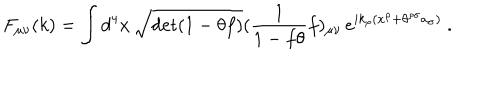
LaTeX: F _ { \mu \nu } ( k ) = \int d ^ { 4 } x \, \sqrt { \det ( 1 - \theta f ) } ( \frac { 1 } { 1 - f \theta } f ) _ { \mu \nu } \, e ^ { i k _ { \rho } ( x ^ { \rho } + \theta ^ { \rho \sigma } a _ { \sigma } ) } \ .